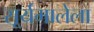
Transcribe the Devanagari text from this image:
सूर्यमालेला